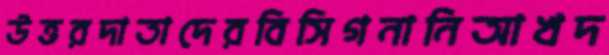
উত্তরদাতাদেরবিসিগনানিআখদ